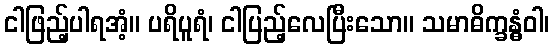
ငါဖြည့်ပါရအံ့။ ပရိပူရံ၊ ငါပြည့်လေပြီးသော။ သမာဓိက္ခန္ဓံဝါ၊